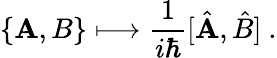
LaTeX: \{ \mathbf{A},B\} \longmapsto{\frac{{1}}{{i\hbar}}}[{\hat{{\mathbf{A}}}},{\hat{{B}}}]~.